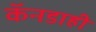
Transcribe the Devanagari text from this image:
कॅनडाही